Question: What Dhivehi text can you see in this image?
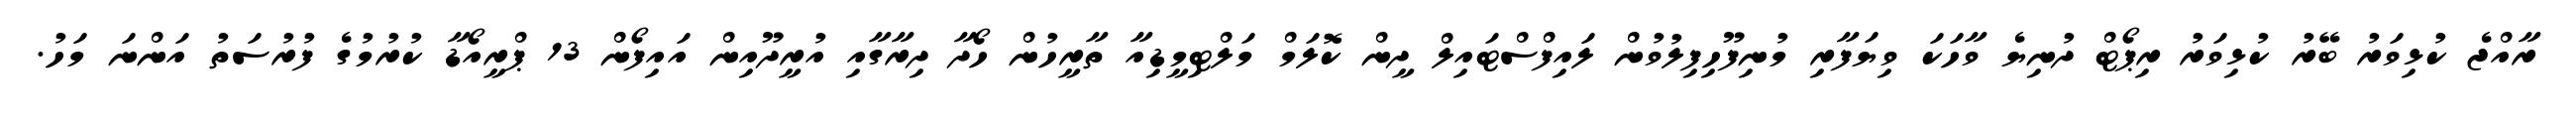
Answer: ރާއްޖެ ކުޅިވަރު ބޭރު ކުޅިވަރު ރިޕޯޓް ދުނިޔެ ވާހަކަ ވިޔަފާރި މުނިފޫހިފިލުވުން ލައިފްސްޓައިލް ދީން ކޮލަމް މަލްޓިމީޑިއާ ތާރީހުން ހޯދާ ދިރާގާއި އުރީދޫއިން އައިފޯން 13 ޕްރީއޯޑާ ކުރުމުގެ ފުރުސަތު އަންނަ މަހު.